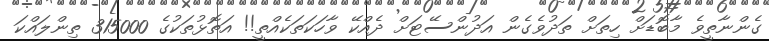
ގެންނާތީވެ މާބޮޑަށް ހިތަށް ތަދުވެގެން އަދުންސޭޓަށް ދެއްކޭ ވާހަކަތަކެއްތީ!! އަތޮޅުތަކުގެ 315000 ތިންލައްކަ